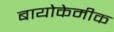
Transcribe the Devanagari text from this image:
बायोकेमीक